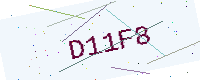
Text: D11F8